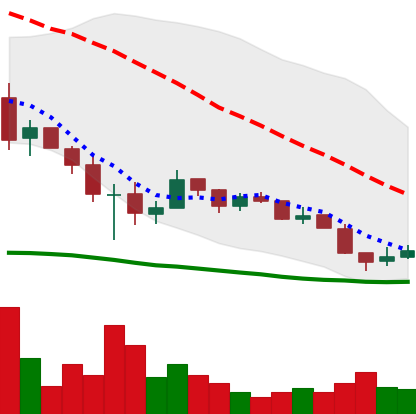
Ticker: XRP-USD
Chart end date: 2018-12-09
Forward return: -7.844%
Label: down_7plus